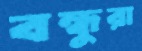
বন্ধুরা